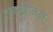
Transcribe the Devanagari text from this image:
एण्टीजन